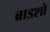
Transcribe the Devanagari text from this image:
ब्राडशो